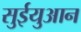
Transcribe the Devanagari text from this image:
सुईयुआन